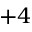
+ 4